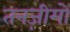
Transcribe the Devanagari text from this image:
तनज़ीमों